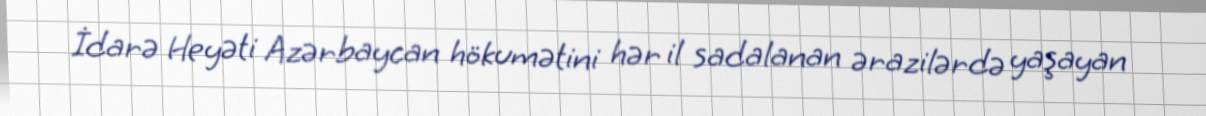
İdarə Heyəti Azərbaycan hökumətini hər il sadalanan ərazilərdə yaşayan